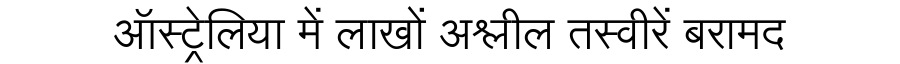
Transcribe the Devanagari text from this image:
ऑस्ट्रेलिया में लाखों अश्लील तस्वीरें बरामद